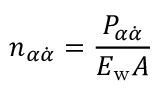
n _ { \alpha \dot { \alpha } } = \frac { P _ { \alpha \dot { \alpha } } } { { \cal E } _ { \mathrm { w } } A }